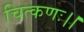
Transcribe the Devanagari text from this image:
चित्कणः।।